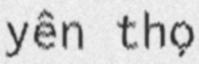
yên thọ